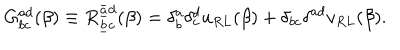
G _ { b c } ^ { a d } ( \beta ) \equiv R _ { \underline { { b } } c } ^ { \underline { { { \bar { a } } } } d } ( \beta ) = \delta _ { b } ^ { a } \delta _ { c } ^ { d } u _ { R L } ( \beta ) + \delta _ { b c } \delta ^ { a d } v _ { R L } ( \beta ) .